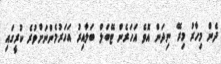
ދެން މިހާރު މިރޭ ނިދަން އޮވެ އަހަރެން ޓޭބަލް ބަލާއިރު އަހަރުމެންނަށްވުރެ ކުރީގައި